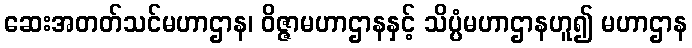
ဆေးအတတ်သင်မဟာဌာန၊ ဝိဇ္ဇာမဟာဌာနနှင့် သိပ္ပံမဟာဌာနဟူ၍ မဟာဌာန